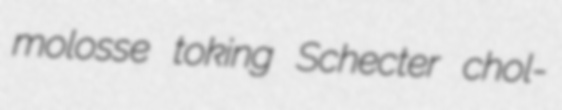
molosse toking Schecter chol-